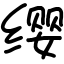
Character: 缨